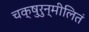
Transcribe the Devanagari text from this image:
चक्षुरुन्मीलितं